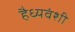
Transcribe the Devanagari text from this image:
हैध्यवंशी